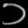
Digit: ၁